Annual vaccination report of Bihar and Orissa - 1911-1928
Year: 1911
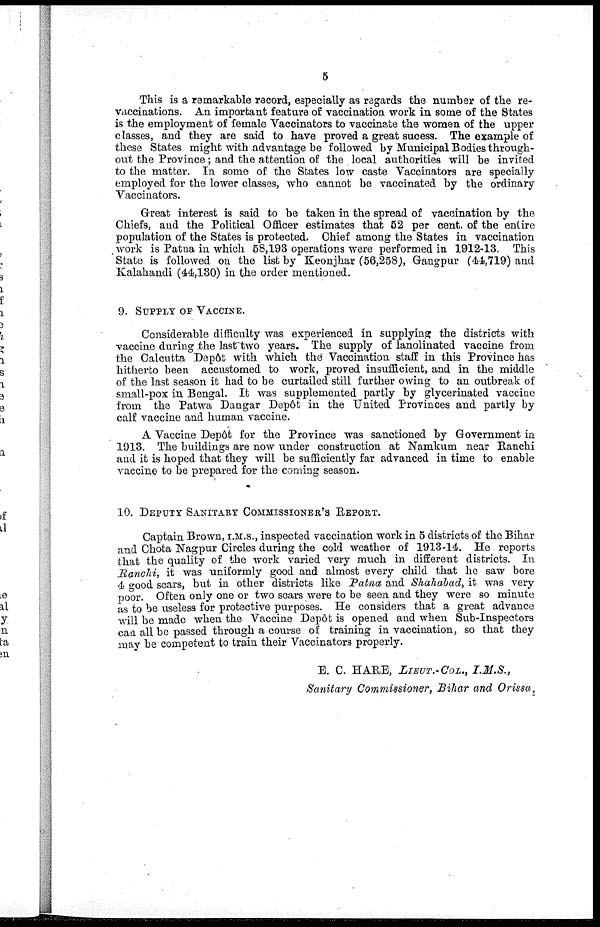
5
This is a remarkable record, especially as regards the number of the re-
vaccinations. An important feature of vaccination work in some of the States
is the employment of female Vaccinators to vaccinate the women of the upper
classes, and they are said to have proved a great sucess. The example of
these States might with advantage be followed by Municipal Bodies through-
out the Province; and the attention of the local authorities will be invited
to the matter. In some of the States low caste Vaccinators are specially
employed for the lower classes, who cannot be vaccinated by the ordinary
Vaccinators.
Great interest is said to be taken in the spread of vaccination by the
Chiefs, and the Political Officer estimates that 52 per cent. of the entire
population of the States is protected. Chief among the States in vaccination
work is Patna in which 58,193 operations were performed in 1912-13. This
State is followed on the list by Keonjhar (56,258), Gangpur (44,719) and
Kalahandi (44,130) in the order mentioned.
9. SUPPLY OF VACCINE.
Considerable difficulty was experienced in supplying the districts with
vaccine during the last two years. The supply of lanolinated vaccine from
the Calcutta Depôt with which the Vaccination staff in this Province has
hitherto been accustomed to work, proved insufficient, and in the middle
of the last season it had to be curtailed still further owing to an outbreak of
small-pox in Bengal. It was supplemented partly by glycerinated vaccine
from the Patwa Dangar Depôt in the United Provinces and partly by
calf vaccine and human vaccine.
A Vaccine Depôt for the Province was sanctioned by Government in
1913. The buildings are now under construction at Namkum near Ranchi
and it is hoped that they will be sufficiently far advanced in time to enable
vaccine to be prepared for the coming season.
10. DEPUTY SANITARY COMMISSIONER'S REPORT.
Captain Brown, I.M.S., inspected vaccination work in 5 districts of the Bihar
and Chota Nagpur Circles during the cold weather of 1913-14. He reports
that the quality of the work varied very much in different districts. In
Ranchi, it was uniformly good and almost every child that he saw bore
4 good scars, but in other districts like Patna and Shahabad, it was very
poor. Often only one or two scars were to be seen and they were so minute
as to be useless for protective purposes. He considers that a great advance
will be made when the Vaccine Depôt is opened and when Sub-Inspectors
can all be passed through a course of training in vaccination, so that they
may be competent to train their Vaccinators properly.
E. C. HARE, LIEUT.-COL.,
I.M.S.,
Sanitary Commissioner, Bihar and Orissa.